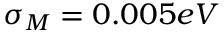
\sigma _ { M } = 0 . 0 0 5 e V